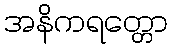
အနိကရတ္တော